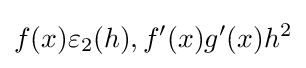
f(x)\varepsilon _{2}(h),f'(x)g'(x)h^{2}